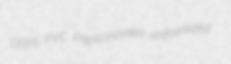
OSPS PVC Papilionoidea uniformized